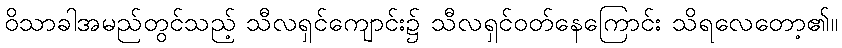
ဝိသာခါအမည်တွင်သည့် သီလရှင်ကျောင်း၌ သီလရှင်ဝတ်နေကြောင်း သိရလေတော့၏။